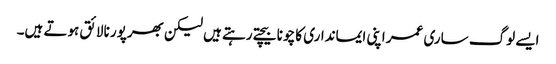
ایسے لوگ ساری عمر اپنی ایمانداری کا چونا بیچتے رہتے ہیں لیکن بھرپور نالائق ہوتے ہیں۔